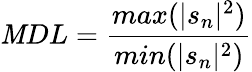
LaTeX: \mathit{M}DL=\frac{{max(|s_{n}|^{2})}}{{min(|s_{n}|^{2})}}